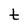
Character: t